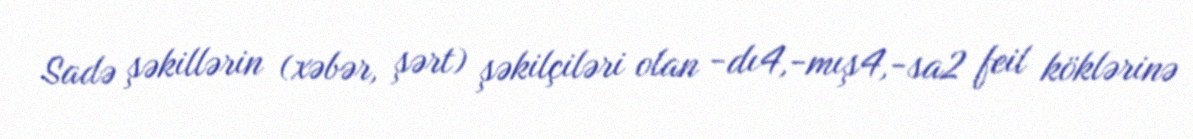
Sadə şəkillərin (xəbər, şərt) şəkilçiləri olan -dı4,-mış4,-sa2 feil köklərinə